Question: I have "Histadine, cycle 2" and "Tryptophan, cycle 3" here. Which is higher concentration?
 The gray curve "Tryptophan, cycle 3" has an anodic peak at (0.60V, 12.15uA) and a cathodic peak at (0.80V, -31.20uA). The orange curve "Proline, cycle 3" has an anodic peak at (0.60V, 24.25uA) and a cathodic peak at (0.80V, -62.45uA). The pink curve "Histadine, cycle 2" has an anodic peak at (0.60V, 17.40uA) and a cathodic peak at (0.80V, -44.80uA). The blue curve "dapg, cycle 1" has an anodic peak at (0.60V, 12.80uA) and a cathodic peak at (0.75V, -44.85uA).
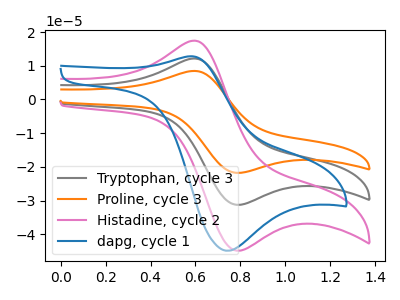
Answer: <think>All the peaks in "Histadine, cycle 2" have a peak in "Tryptophan, cycle 3" at the same potential. Every peak in "Histadine, cycle 2" is higher than every peak in "Tryptophan, cycle 3".
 </think>
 <answer>"Histadine, cycle 2" has more signal than "Tryptophan, cycle 3" and so likely has a higher concentration.</answer>
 <eval>more_concentration</eval>